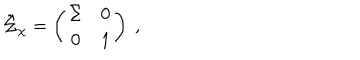
\tilde { \Sigma } _ { \chi } = \left( \begin{array} { c c } { { \Sigma } } & { { 0 } } \\ { { 0 } } & { { 1 } } \\ \end{array} \right) \ ,